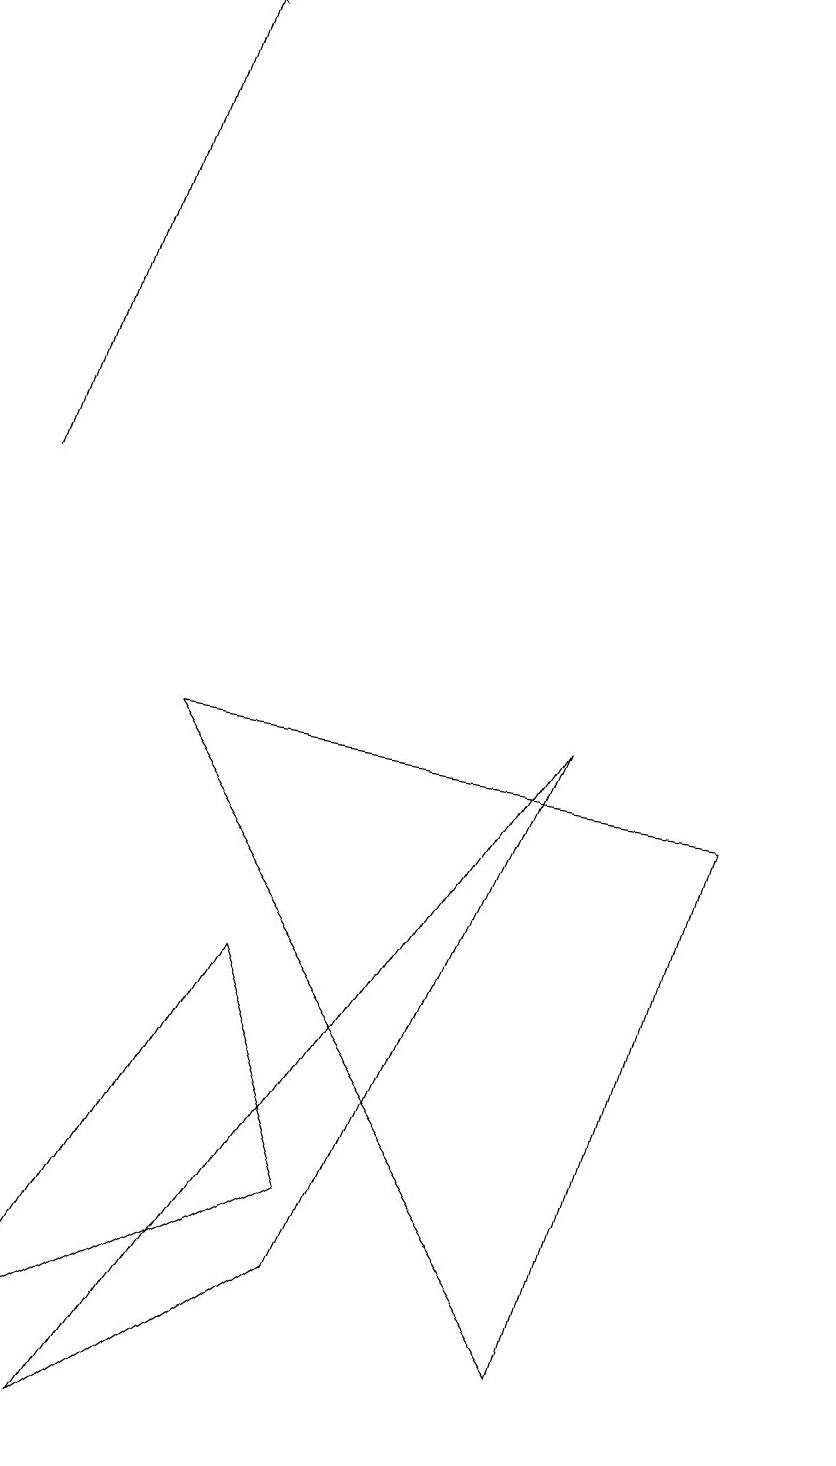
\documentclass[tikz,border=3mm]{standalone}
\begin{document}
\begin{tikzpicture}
\draw (4,3) -- (3,6) -- (0,1) -- cycle;
\draw[->] (0,12) -- (2,18);
\draw (2,9) -- (7,1) -- (9,8) -- cycle;
\draw (10,12) circle (0);
\draw (7,9) -- (4,2) -- (1,0) -- cycle;
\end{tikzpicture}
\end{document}